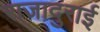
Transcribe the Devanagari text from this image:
राजादुराई